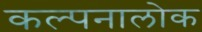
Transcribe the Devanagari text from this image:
कल्पनालोक